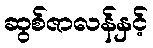
ဆွစ်ဇာလန်နှင့်